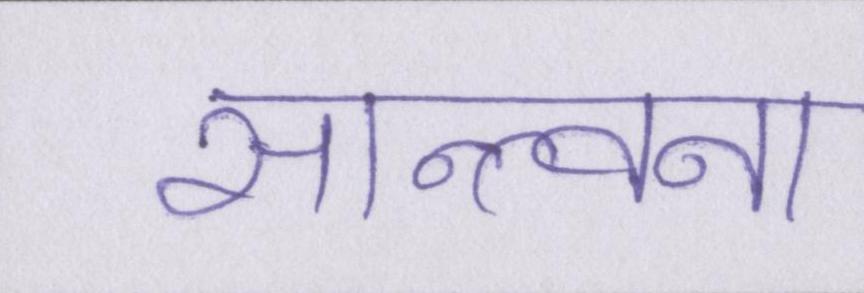
सान्त्वना